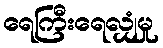
ရေကြီးရေလျှံမှု